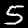
Label: 5